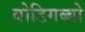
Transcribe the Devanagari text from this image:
बोडिगब्बो